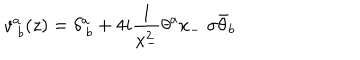
LaTeX: v _ { ~ b } ^ { a } ( z ) = \displaystyle { \delta _ { ~ b } ^ { a } + 4 i \frac { 1 } { x _ { - } ^ { 2 } } \theta ^ { a } x _ { - } { \cdot \sigma } \bar { \theta } _ { b } }